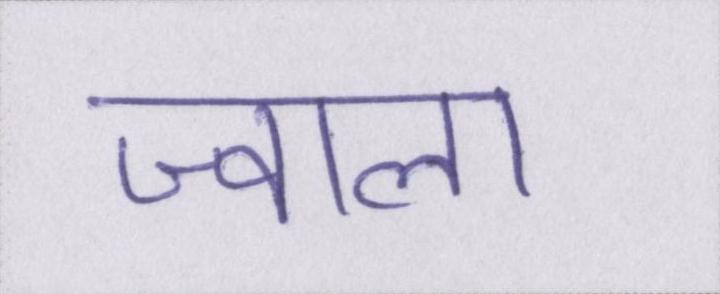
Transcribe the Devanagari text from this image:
ज्वाला